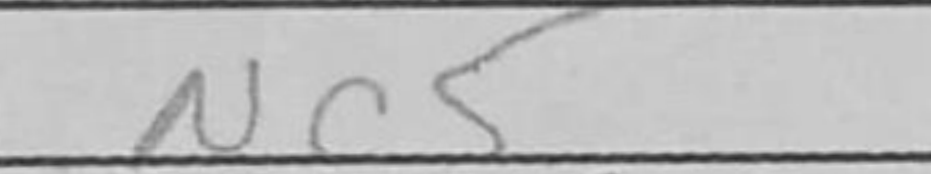
Transcription: Nc5